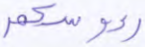
رءوسكم